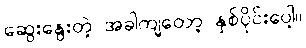
ဆွေးနွေးတဲ့ အခါကျတော့ နှစ်ပိုင်းပေါ့။